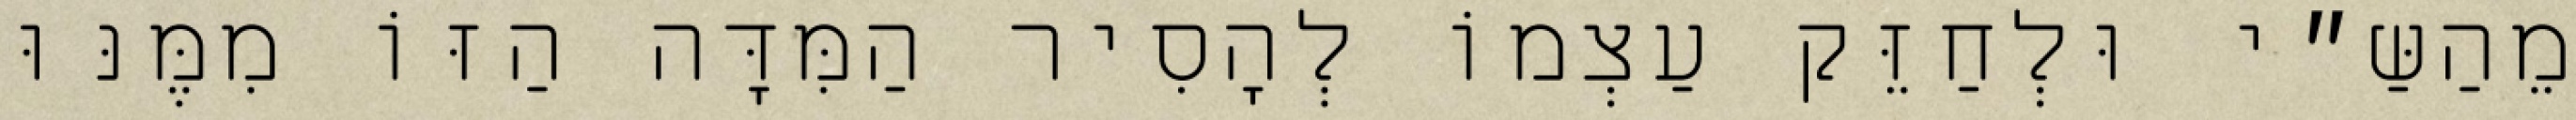
מֵהַשַּ״י וּלְחַזֵּק עַצְמוֹ לְהָסִיר הַמִּדָּה הַזּוֹ מִמֶּנּוּ